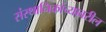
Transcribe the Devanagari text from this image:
संस्थानिकांच्यावरील